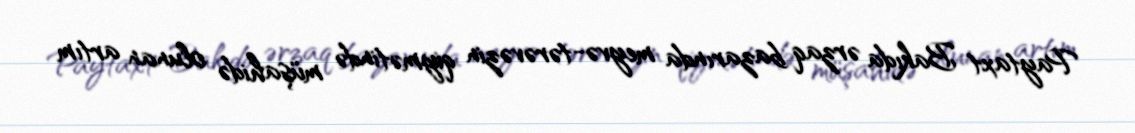
Paytaxt Bakıda ərzaq bazarında meyvə-tərəvəzin qiymətində müşahidə olunan artım